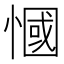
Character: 慖